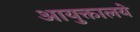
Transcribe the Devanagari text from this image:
आयुक्तालये